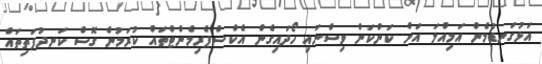
އަޅުގަނޑުމެން އަމިއްލަ އަށް ކަންކަން ވިސްނައި ހޯދައިގެން އެކްސްޕެރިމެންޓްތައް ކުރަމުން ގޮސް ކަނދުފަތިތައް